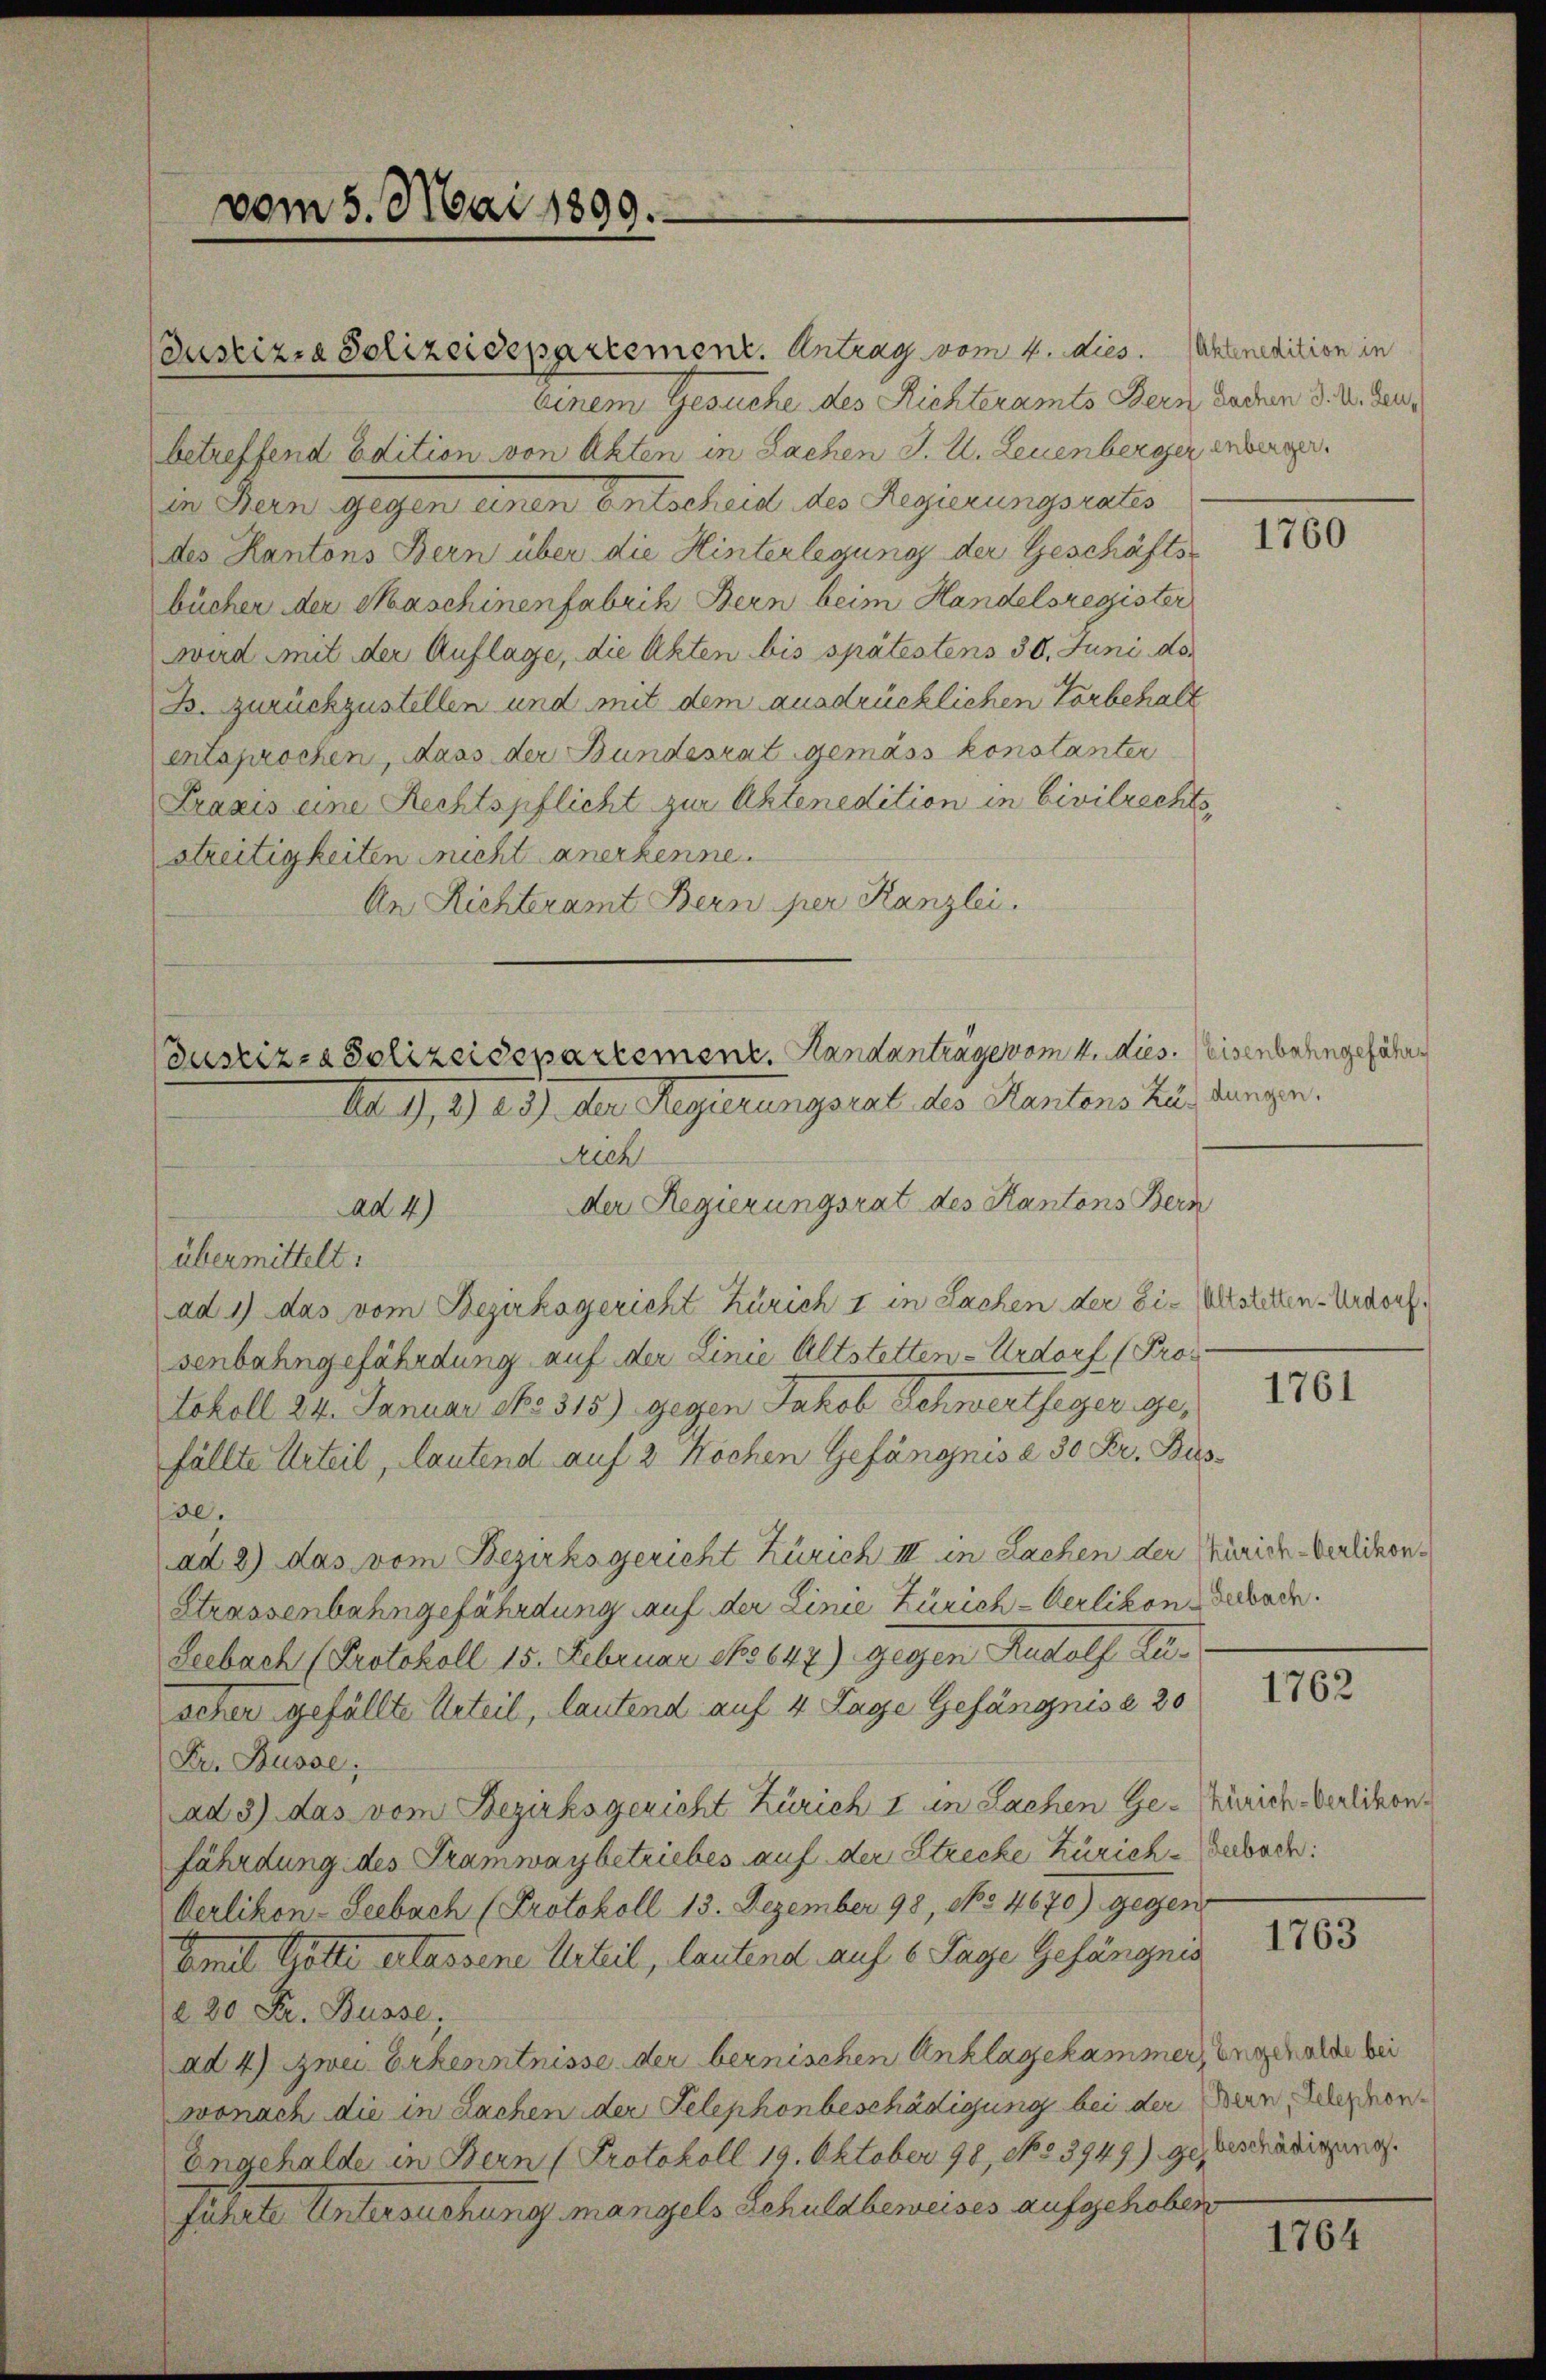
vom 5. Mai 1899.

ustizia Polizeidepartement. Antrag vom 4. dies. Achtenedition in
einem Gesuche des Richteramts Bern Sachen d. U. denbetreffend Edition von Akten in Sachen J. U. Leuenberger enberger.
in Bern gegen einen Entscheid des Regierungsrates
des Kantons Bern über die Hinterlegung der Geschäftsbücher der Maschinenfabrik Bern beim Handelsregister
Wird mit der Auflage, die Akten bis spätestens 30. Juni do¬
B. zurückzustellen und mit dem ausdrücklichen Vorbehalt
entsprochen, dass der Bundesrat gemäss konstanter
Praxis eine Rechtspflicht zur Aktenedition in Civilrechts,
streitigkeiten nicht anerkenne.
An Richteramt Bern per Kanzlei.
übermittelt:
ad 1) das vom Bezirksgericht Zürich I in Sachen der Ei- Altstetten-Urdorf.
senbahngefährdung auf der Linie Altstetten-Urdorf (Pro¬
Sokoll 24. Januar No 315) gegen Jakob Schwertheger gefällte Urteil, lautend auf 2 Kochen Gefängnis a 30 Fr. Bus
se.
ad 2) das vom Bezirksgericht Zürich III in Sachen der Zürich-Verlichen
Strassenbahngefährdung auf der Linie Zürich-Oerlikon Sebade.
Leebach (Protokoll 15. Februar No 647). Gegen Rudolf Zu-
scher gefällte Urteil, lautend auf 4 Lage Gefängnis a 20
Pr. Busse;
ad 3) das vom Bezirksgericht Zürich I in Sachen Ge- Zürich Verlikon.
fährdung des Tramwaybetriebes auf der Strecke Zürich-Gebach:
Oerlikon-Seebach (Protokoll 13. Dezember 98, No 4670) gegen
Aamit Gotte erlassene Urteil, lautend auf 6 Tage Gefängnis
2 20 Fr. Busse,
ad 4) Zwei Erkenntnisse der bernischen Anklagekammer, ungen olde bei
wonach die in Sachen der Telephonbeschädigung bei der Bern, Telephon¬
Engehalde in Bern (Protokoll 19. Oktober 98, No. 53949) gesteschädigung.
führte Untersuchung mangels Schuldbeweises aufgehoben

ad 4)

Pustiz- & Polizeidepartement. Handantrage vom 4. dies. Weisenbahngefähr¬
Ad. 9, 1. 2. 3. der Regierungsrat des Kantons kundungen.
Rich
der Regierungsrat des Kantons Bern

1760

1761

1762

1763

1764